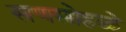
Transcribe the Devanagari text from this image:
सणसोहळे